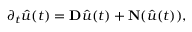
\partial _ { t } \hat { u } ( t ) = \mathbf { D } \hat { u } ( t ) + \mathbf { N } ( \hat { u } ( t ) ) ,